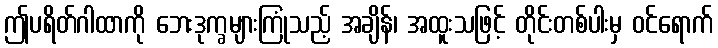
ဤပရိတ်ဂါထာကို ဘေးဒုက္ခများကြုံသည့် အချိန်၊ အထူးသဖြင့် တိုင်းတစ်ပါးမှ ဝင်ရောက်